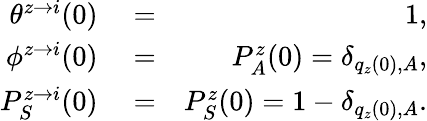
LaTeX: \begin{array}{rlr}{\theta^{z\rightarrow i}(0)}&{{}=}&{1,}\\ {\phi^{z\rightarrow i}(0)}&{{}=}&{P_{A}^{z}(0)=\delta_{q_{z}(0),A},}\\ {P_{S}^{z\rightarrow i}(0)}&{{}=}&{P_{S}^{z}(0)=1-\delta_{q_{z}(0),A}.}\end{array}